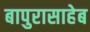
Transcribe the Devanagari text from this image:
बापुरासाहेब